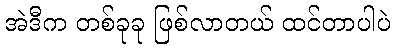
အဲဒီက တစ်ခုခု ဖြစ်လာတယ် ထင်တာပါပဲ